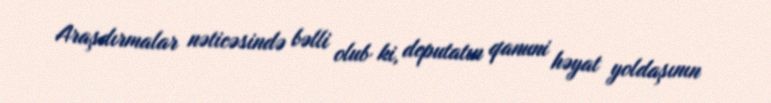
Araşdırmalar nəticəsində bəlli olub ki, deputatın qanuni həyat yoldaşının